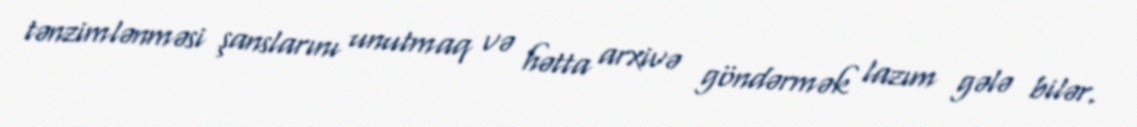
tənzimlənməsi şanslarını unutmaq və hətta arxivə göndərmək lazım gələ bilər.